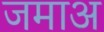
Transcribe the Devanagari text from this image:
जमाअ